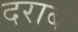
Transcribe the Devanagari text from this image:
दराब